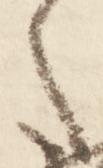
之